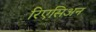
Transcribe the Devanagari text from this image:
रिएसिअन